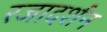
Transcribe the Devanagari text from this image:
रजादर्शन